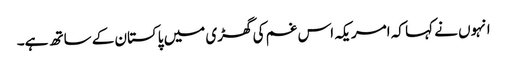
انہوں نے کہا کہ امریکہ اس غم کی گھڑی میں پاکستان کے ساتھ ہے۔